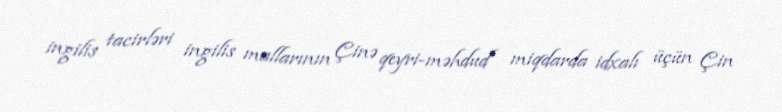
ingilis tacirləri ingilis mallarının Çinə qeyri-məhdud miqdarda idxalı üçün Çin